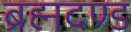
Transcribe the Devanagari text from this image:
ब्रह्मदण्ड